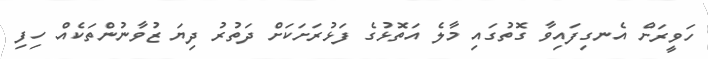
ހަވީރަށް އެނގިފައިވާ ގޮތުގައި މާލެ އަތޮޅުގެ ފަޅުރަށަކަށް ދަތުރު ދިޔަ ޒުވާނުންތަކެއް ހިފި